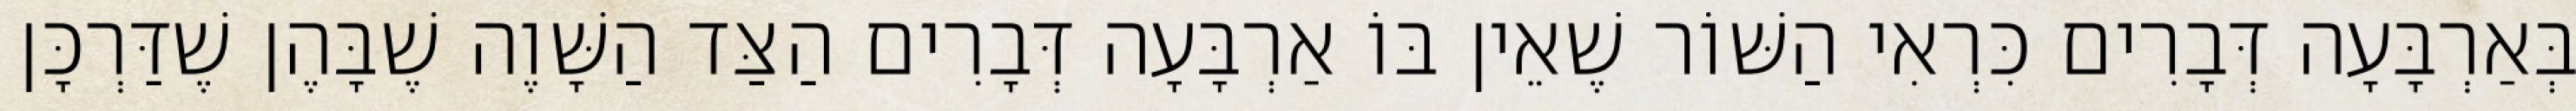
בְּאַרְבָּעָה דְּבָרִים כִּרְאִי הַשּׁוֹר שֶׁאֵין בּוֹ אַרְבָּעָה דְּבָרִים הַצַּד הַשָּׁוֶה שֶׁבָּהֶן שֶׁדַּרְכָּן